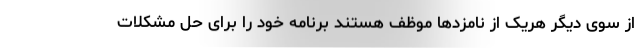
از سوی دیگر هریک از نامزد‌ها موظف هستند برنامه خود را برای حل مشکلات